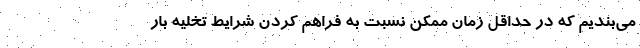
می‌بندیم که در حداقل زمان ممکن نسبت به فراهم کردن شرایط تخلیه بار